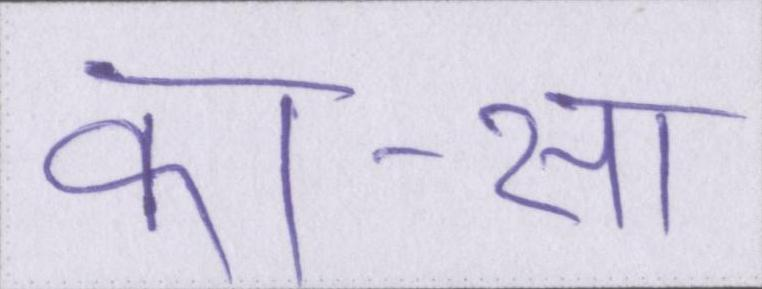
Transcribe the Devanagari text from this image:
का-सा